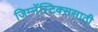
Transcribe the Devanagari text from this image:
जिम्नॅस्टिक्ससाठी